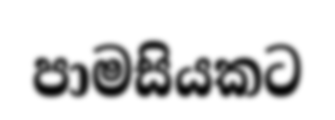
පාමසියකට